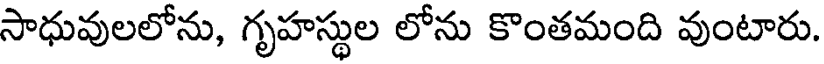
సాధువులలోను, గృహస్థుల లోను కొంతమంది వుంటారు.